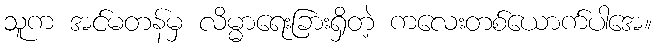
သူက အင်မတန်မှ လိမ္မာရေးခြားရှိတဲ့ ကလေးတစ်ယောက်ပါအေ။